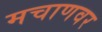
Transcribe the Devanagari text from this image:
मचाणवर